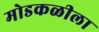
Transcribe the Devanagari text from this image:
मोडकळीला